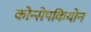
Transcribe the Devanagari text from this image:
कोन्सेपकियोन